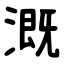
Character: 溉